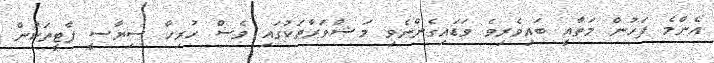
އެންމެ ފަހުން މަތާއީ ބައިވެރިވެ ވަޑައިގެންނެވި މަޝްވަރާތަކުގައި ވެސް ހުރިހާ ސިޔާސީ ޕާޓީތަކުން